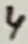
Text: 4